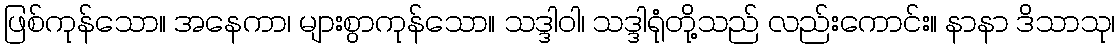
ဖြစ်ကုန်သော။ အနေကာ၊ များစွာကုန်သော။ သဒ္ဒါဝါ၊ သဒ္ဒါရုံတို့သည် လည်းကောင်း။ နာနာ ဒိသာသု၊